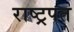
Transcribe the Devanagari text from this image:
राष्ट्रपत